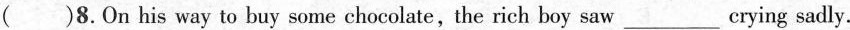
（） 8.On his way to buy some chocolate,the rich boy saw___erying sadly.